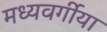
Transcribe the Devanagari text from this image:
मध्यवर्गीया